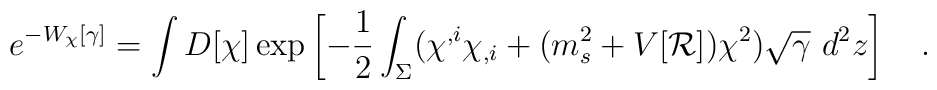
e^{-W_\chi[\gamma]}=\int D[\chi]\exp\left[-\frac 12\int_{\Sigma}(\chi^{,i}\chi_{,i}+(m_s^2+V[{\cal R}])\chi^2)\sqrt{\gamma}~d^2 z\right]~~~.